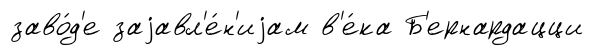
заво́д'е заjавл'е́н'иjам в'е́ка Б'ернардацци